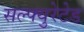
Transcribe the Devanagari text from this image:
सल्फ्युरेटेड